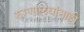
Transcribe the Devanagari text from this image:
रुग्णालयांनाही